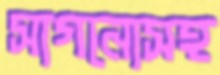
সাগনোসহ